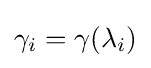
\gamma _{i}=\gamma (\lambda _{i})